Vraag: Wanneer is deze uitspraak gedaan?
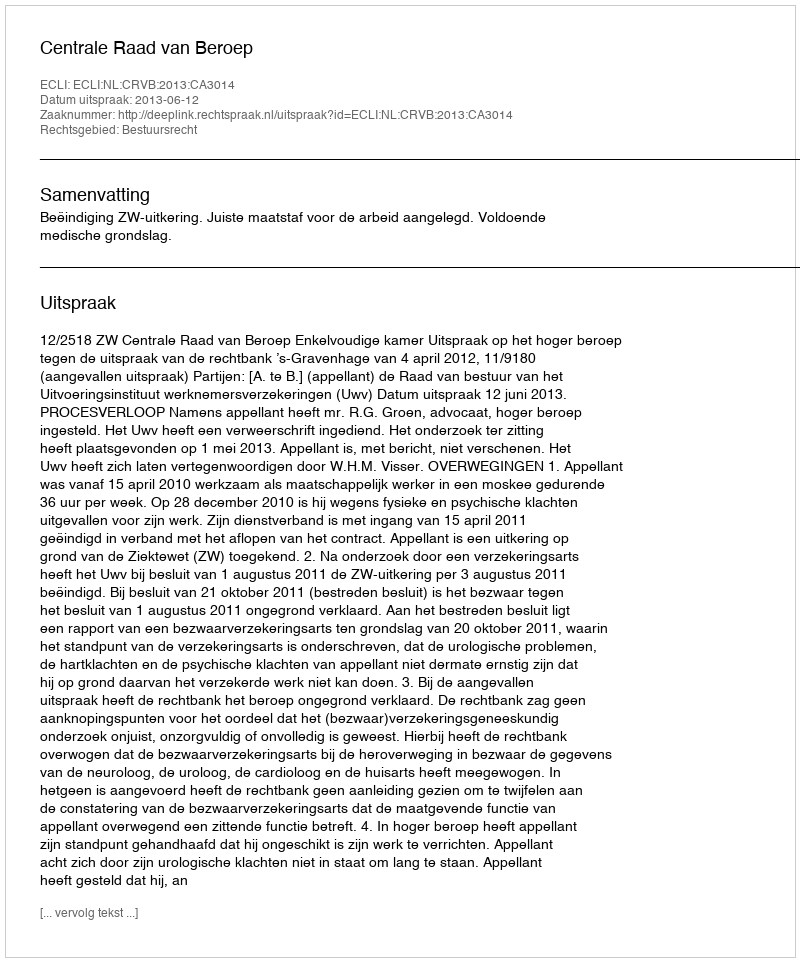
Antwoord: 2013-06-12